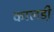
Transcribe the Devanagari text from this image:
कालडी़